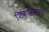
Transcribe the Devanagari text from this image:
शिकविनयचा